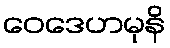
ဝေဒေဟမုနိ